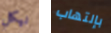
نيكل بإلتهاب